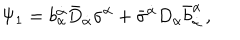
\Psi _ { 1 } = b _ { \alpha } ^ { \dot { \alpha } } \bar { D } _ { \dot { \alpha } } \sigma ^ { \alpha } + \bar { \sigma } ^ { \dot { \alpha } } D _ { \alpha } \bar { b } _ { \dot { \alpha } } ^ { \alpha } \, ,